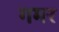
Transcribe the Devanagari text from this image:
गमर